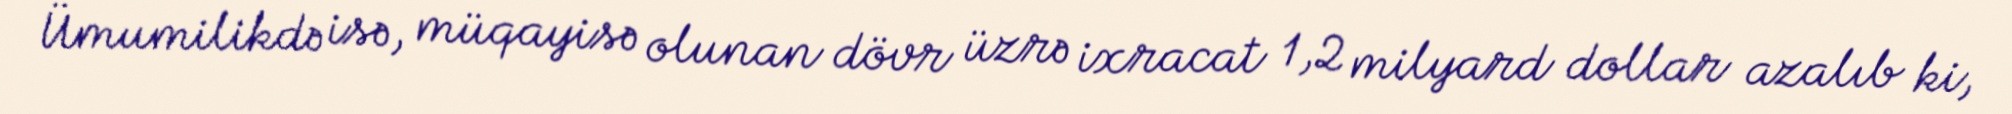
Ümumilikdə isə, müqayisə olunan dövr üzrə ixracat 1,2 milyard dollar azalıb ki,